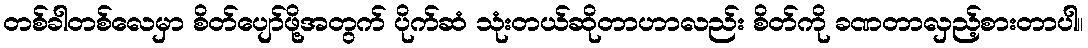
တစ်ခါတစ်လေမှာ စိတ်ပျော်ဖို့အတွက် ပိုက်ဆံ သုံးတယ်ဆိုတာဟာလည်း စိတ်ကို ခဏတာလှည့်စားတာပါ။